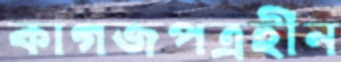
কাগজপত্রহীন